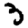
Digit: 3